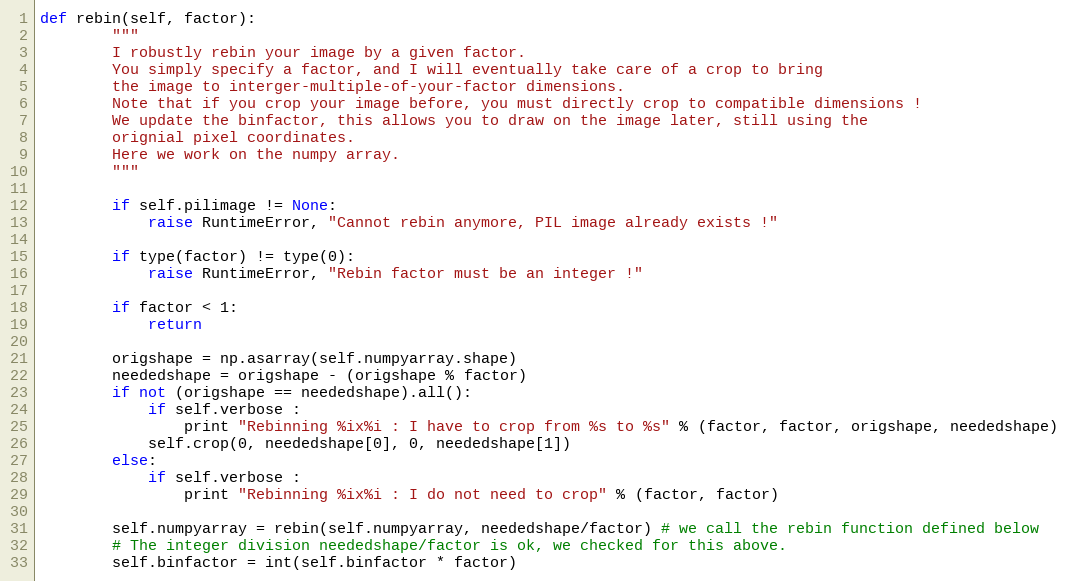
Language: Python
def rebin(self, factor):
        """
        I robustly rebin your image by a given factor.
        You simply specify a factor, and I will eventually take care of a crop to bring
        the image to interger-multiple-of-your-factor dimensions.
        Note that if you crop your image before, you must directly crop to compatible dimensions !
        We update the binfactor, this allows you to draw on the image later, still using the
        orignial pixel coordinates.
        Here we work on the numpy array.
        """

        if self.pilimage != None:
            raise RuntimeError, "Cannot rebin anymore, PIL image already exists !"

        if type(factor) != type(0):
            raise RuntimeError, "Rebin factor must be an integer !"

        if factor < 1:
            return

        origshape = np.asarray(self.numpyarray.shape)
        neededshape = origshape - (origshape % factor)
        if not (origshape == neededshape).all():
            if self.verbose :
                print "Rebinning %ix%i : I have to crop from %s to %s" % (factor, factor, origshape, neededshape)
            self.crop(0, neededshape[0], 0, neededshape[1])
        else:
            if self.verbose :
                print "Rebinning %ix%i : I do not need to crop" % (factor, factor)

        self.numpyarray = rebin(self.numpyarray, neededshape/factor) # we call the rebin function defined below
        # The integer division neededshape/factor is ok, we checked for this above.
        self.binfactor = int(self.binfactor * factor)